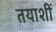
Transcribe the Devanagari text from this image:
तयाशीं